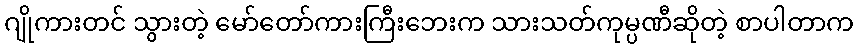
ဂျိုကားတင် သွားတဲ့ မော်တော်ကားကြီးဘေးက သားသတ်ကုမ္ပဏီဆိုတဲ့ စာပါတာက